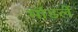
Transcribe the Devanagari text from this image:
मॉडलें